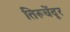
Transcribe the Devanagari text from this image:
तिरूचेंदूर